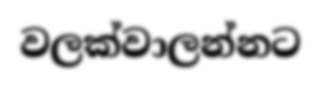
වලක්වාලන්නට